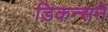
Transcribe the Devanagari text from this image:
डिकन्सने